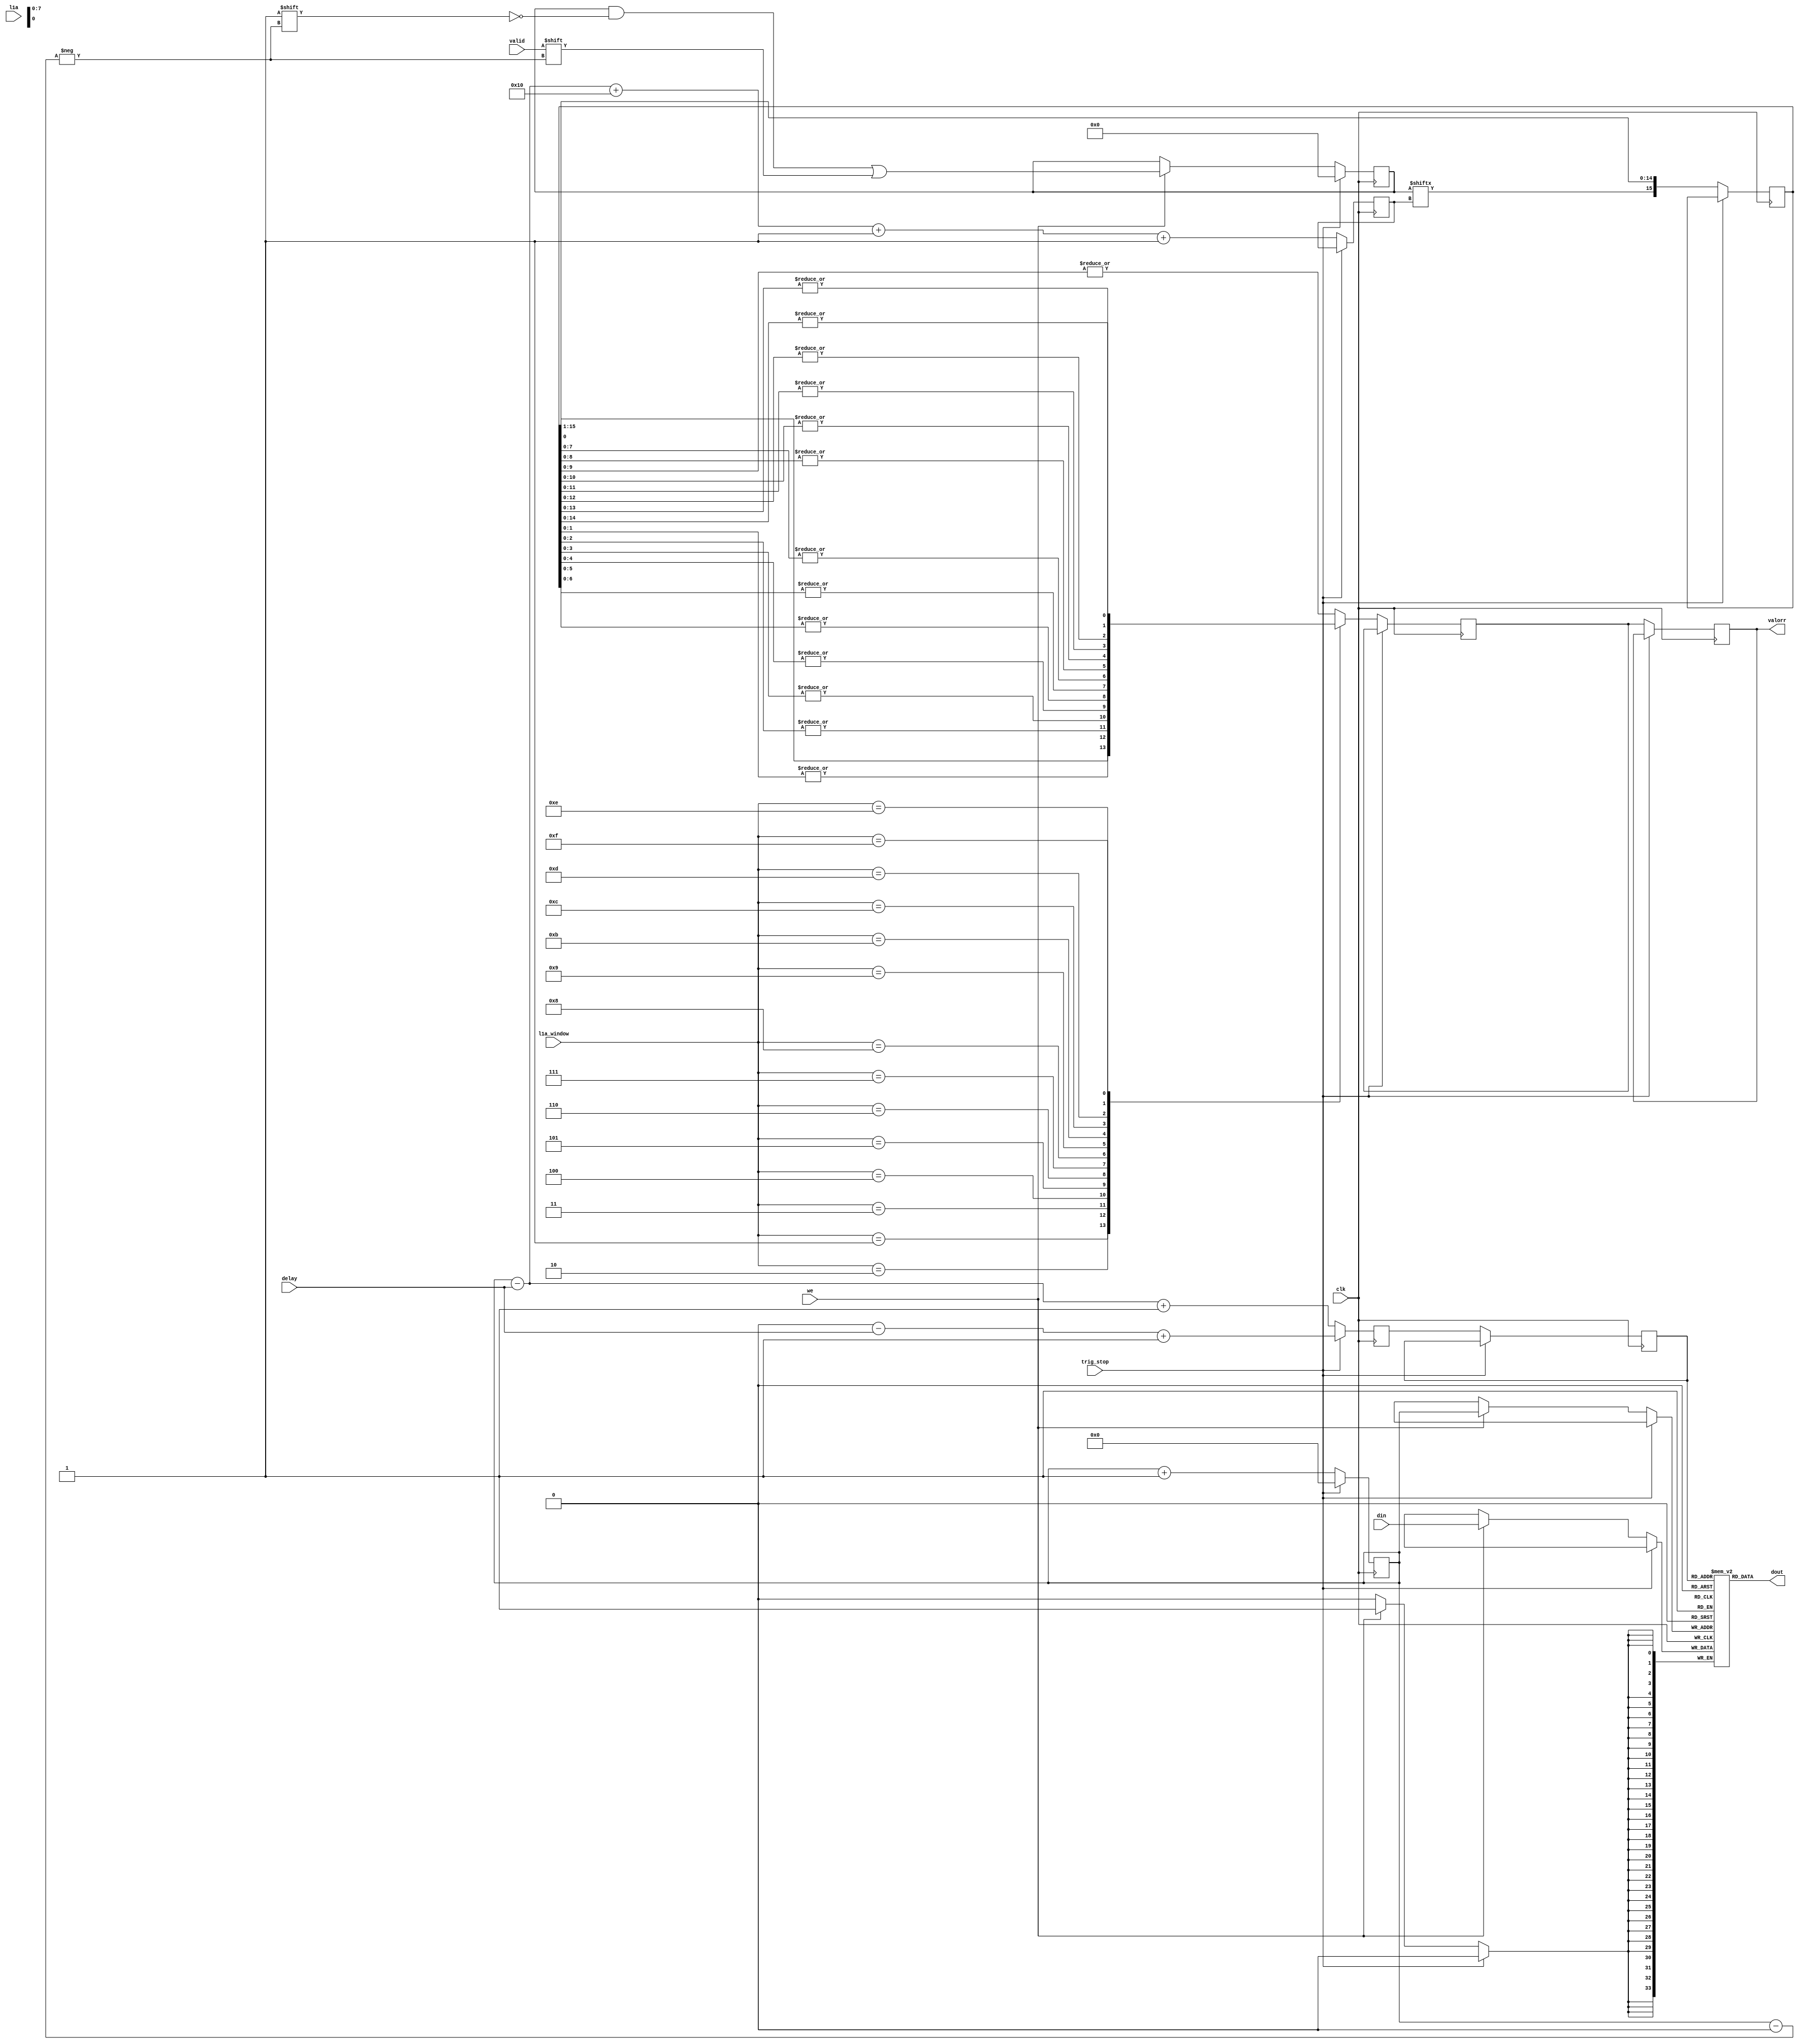
// This  Verilog HDL  source  file was  automatically generated
// by C++ model based on VPP library. Modification of this file
// is possible, but if you want to keep it in sync with the C++
// model,  please  modify  the model and re-generate this file.
// VPP library web-page: http://www.phys.ufl.edu/~madorsky/vpp/

// Timestamp : Fri Mar 22 16:34:02 2019

module best_delay
(
    din,
    dout,
    delay,
    we,
    l1a,
    l1a_window,
    valid,
    valorr,
    trig_stop,
    clk
);

    input [33:0] din;
    output [33:0] dout;
    input [7:0] delay;
    input we;
    input l1a;
    input [3:0] l1a_window;
    input valid;
    output valorr;
    reg    valorr;
    input trig_stop;
    input clk;

    reg [33:0] mem [255:0];
    // synthesis attribute ram_style of mem is block
    reg [255:0] val;
    // synthesis attribute ram_style of val is distributed
    reg [7:0] adw;
    reg [7:0] adr;
    reg [7:0] adrr;
    reg [7:0] advr;
    reg valout;
    reg [15:0] val_sh;
initial val = 0;
initial adw = 0;
initial adr = 0;
    reg valor;
    always @(posedge clk) 
    begin
        if (trig_stop) 
        begin
            val = 255'h0;
            adw = 0;
            adr = (adw - delay) + 1;
        end
        else 
        begin
            valorr = valor;
            if (we) mem[adw] = din;
            adrr = adr;
            adr = (adw - delay) + 1;
            valout = val[advr];
            if (we) val[adw] = valid;
            advr = (((adw - delay) + 16) + 1) + 1;
            adw = adw + 1;
            case (l1a_window)
                1 : 
                begin
                    valor = val_sh[0];
                end
                2 : 
                begin
                    valor = |val_sh[1:0];
                end
                3 : 
                begin
                    valor = |val_sh[2:0];
                end
                4 : 
                begin
                    valor = |val_sh[3:0];
                end
                5 : 
                begin
                    valor = |val_sh[4:0];
                end
                6 : 
                begin
                    valor = |val_sh[5:0];
                end
                7 : 
                begin
                    valor = |val_sh[6:0];
                end
                8 : 
                begin
                    valor = |val_sh[7:0];
                end
                9 : 
                begin
                    valor = |val_sh[8:0];
                end
                10 : 
                begin
                    valor = |val_sh[9:0];
                end
                11 : 
                begin
                    valor = |val_sh[10:0];
                end
                12 : 
                begin
                    valor = |val_sh[11:0];
                end
                13 : 
                begin
                    valor = |val_sh[12:0];
                end
                14 : 
                begin
                    valor = |val_sh[13:0];
                end
                15 : 
                begin
                    valor = |val_sh[14:0];
                end
                default : 
                begin
                    valor = |val_sh[9:0];
                end
            endcase
            val_sh = {valout, val_sh[15:1]};
        end
    end
    assign dout = mem[adrr];
endmodule